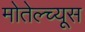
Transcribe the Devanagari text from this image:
मोतेल्च्यूस